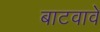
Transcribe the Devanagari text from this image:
बाटवावे